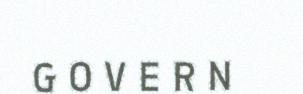
G O V E R N